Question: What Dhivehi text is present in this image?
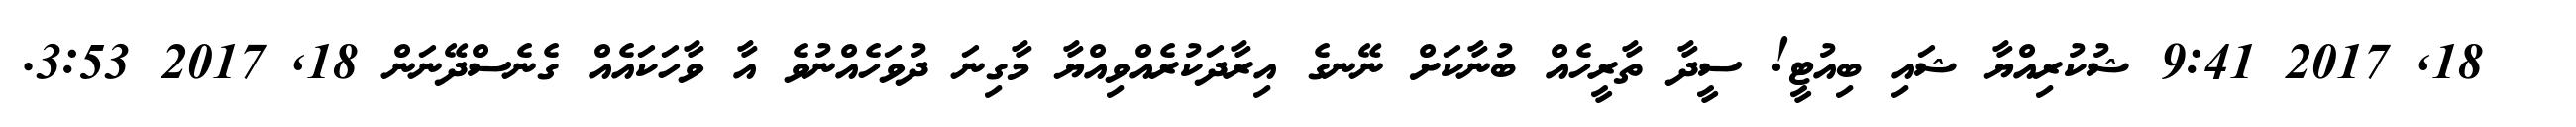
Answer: ?? 18, 2017 9:41 ޝުކުރިއްޔާ ޝައި ބިއުޓީ! ސީދާ ތާރީހެއް ބުނާކަށް ނޭނގެ އިރާދަކުރެއްވިއްޔާ މާގިނަ ދުވަހެއްނުވެ އާ ވާހަކައެއް ގެނެސްދޭނަން 18, 2017 3:53.